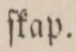
ſkap.